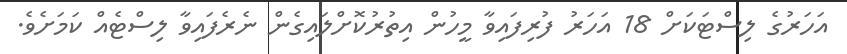
އަހަރުގެ ލިސްޓަކަށް 18 އަހަރު ފުރިފައިވާ މީހުން އިތުރުކޮށްލައިގެން ނެރެފައިވާ ލިސްޓެއް ކަމަށެވެ.